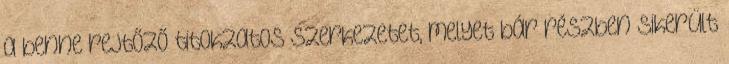
a benne rejtőző titokzatos szerkezetet, melyet bár részben sikerült